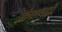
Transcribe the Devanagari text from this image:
आंगणवाडी